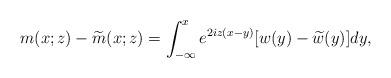
LaTeX: \begin{align*}m(x;z)-\widetilde{m}(x;z)=\int_{-\infty}^x e^{2iz(x-y)}[w(y)-\widetilde{w}(y)]dy,\end{align*}